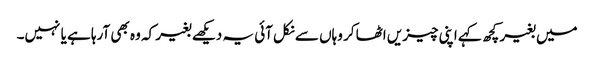
میں بغیر کچھ کہے اپنی چیزیں اٹھا کر وہاں سے نکل آئی یہ دیکھے بغیر کہ وہ بھی آرہا ہے یا نہیں۔